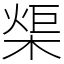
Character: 㮡